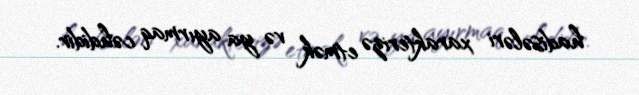
hadisələri xarakterizə etmək və ya ayırmaq cəhdidir.